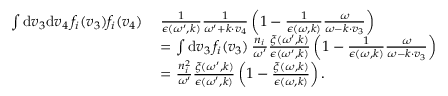
\begin{array} { r l } { \int \mathrm { d } \boldsymbol { v } _ { 3 } \mathrm { d } \boldsymbol { v } _ { 4 } \, f _ { i } ( \boldsymbol { v } _ { 3 } ) f _ { i } ( \boldsymbol { v } _ { 4 } ) \, } & { \frac { 1 } { \epsilon ( \omega ^ { \prime } , \boldsymbol { k } ) } \frac { 1 } { \omega ^ { \prime } + \boldsymbol { k } \cdot \boldsymbol { v } _ { 4 } } \left( 1 - \frac { 1 } { \epsilon ( \omega , \boldsymbol { k } ) } \frac { \omega } { \omega - \boldsymbol { k \cdot v } _ { 3 } } \right) } \\ & { = \int \mathrm { d } \boldsymbol { v } _ { 3 } \, f _ { i } ( \boldsymbol { v } _ { 3 } ) \, \frac { n _ { i } } { \omega ^ { \prime } } \frac { \xi ( \omega ^ { \prime } , \boldsymbol { k } ) } { \epsilon ( \omega ^ { \prime } , \boldsymbol { k } ) } \left( 1 - \frac { 1 } { \epsilon ( \omega , \boldsymbol { k } ) } \frac { \omega } { \omega - \boldsymbol { k \cdot v } _ { 3 } } \right) } \\ & { = \frac { n _ { i } ^ { 2 } } { \omega ^ { \prime } } \frac { \xi ( \omega ^ { \prime } , \boldsymbol { k } ) } { \epsilon ( \omega ^ { \prime } , \boldsymbol { k } ) } \left( 1 - \frac { \xi ( \omega , \boldsymbol { k } ) } { \epsilon ( \omega , \boldsymbol { k } ) } \right) . } \end{array}